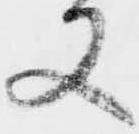
又